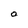
Character: O